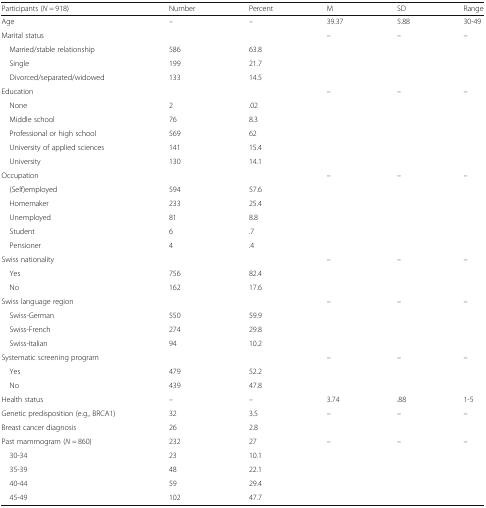
<table><thead><tr><td><b>Participants (<i>N =</i> 918)</b></td><td><b>Number</b></td><td><b>Percent</b></td><td><b>M</b></td><td><b>SD</b></td><td><b>Range</b></td></tr></thead><tbody><tr><td>Age</td><td>–</td><td>–</td><td>39.37</td><td>5.88</td><td>30-49</td></tr><tr><td>Marital status</td><td></td><td></td><td>–</td><td>–</td><td>–</td></tr><tr><td> Married/stable relationship</td><td>586</td><td>63.8</td><td></td><td></td><td></td></tr><tr><td> Single</td><td>199</td><td>21.7</td><td></td><td></td><td></td></tr><tr><td> Divorced/separated/widowed</td><td>133</td><td>14.5</td><td></td><td></td><td></td></tr><tr><td>Education</td><td></td><td></td><td>–</td><td>–</td><td>–</td></tr><tr><td> None</td><td>2</td><td>.02</td><td></td><td></td><td></td></tr><tr><td> Middle school</td><td>76</td><td>8.3</td><td></td><td></td><td></td></tr><tr><td> Professional or high school</td><td>569</td><td>62</td><td></td><td></td><td></td></tr><tr><td> University of applied sciences</td><td>141</td><td>15.4</td><td></td><td></td><td></td></tr><tr><td> University</td><td>130</td><td>14.1</td><td></td><td></td><td></td></tr><tr><td>Occupation</td><td></td><td></td><td>–</td><td>–</td><td>–</td></tr><tr><td> (Self)employed</td><td>594</td><td>57.6</td><td></td><td></td><td></td></tr><tr><td> Homemaker</td><td>233</td><td>25.4</td><td></td><td></td><td></td></tr><tr><td> Unemployed</td><td>81</td><td>8.8</td><td></td><td></td><td></td></tr><tr><td> Student</td><td>6</td><td>.7</td><td></td><td></td><td></td></tr><tr><td> Pensioner</td><td>4</td><td>.4</td><td></td><td></td><td></td></tr><tr><td>Swiss nationality</td><td></td><td></td><td>–</td><td>–</td><td>–</td></tr><tr><td> Yes</td><td>756</td><td>82.4</td><td></td><td></td><td></td></tr><tr><td> No</td><td>162</td><td>17.6</td><td></td><td></td><td></td></tr><tr><td>Swiss language region</td><td></td><td></td><td>–</td><td>–</td><td>–</td></tr><tr><td> Swiss-German</td><td>550</td><td>59.9</td><td></td><td></td><td></td></tr><tr><td> Swiss-French</td><td>274</td><td>29.8</td><td></td><td></td><td></td></tr><tr><td> Swiss-Italian</td><td>94</td><td>10.2</td><td></td><td></td><td></td></tr><tr><td>Systematic screening program</td><td></td><td></td><td>–</td><td>–</td><td>–</td></tr><tr><td> Yes</td><td>479</td><td>52.2</td><td></td><td></td><td></td></tr><tr><td> No</td><td>439</td><td>47.8</td><td></td><td></td><td></td></tr><tr><td>Health status</td><td>–</td><td>–</td><td>3.74</td><td>.88</td><td>1-5</td></tr><tr><td>Genetic predisposition (e.g., BRCA1)</td><td>32</td><td>3.5</td><td>–</td><td>–</td><td>–</td></tr><tr><td>Breast cancer diagnosis</td><td>26</td><td>2.8</td><td></td><td></td><td></td></tr><tr><td>Past mammogram (<i>N =</i> 860)</td><td>232</td><td>27</td><td>–</td><td>–</td><td>–</td></tr><tr><td> 30-34</td><td>23</td><td>10.1</td><td></td><td></td><td></td></tr><tr><td> 35-39</td><td>48</td><td>22.1</td><td></td><td></td><td></td></tr><tr><td> 40-44</td><td>59</td><td>29.4</td><td></td><td></td><td></td></tr><tr><td> 45-49</td><td>102</td><td>47.7</td><td></td><td></td><td></td></tr></tbody></table>